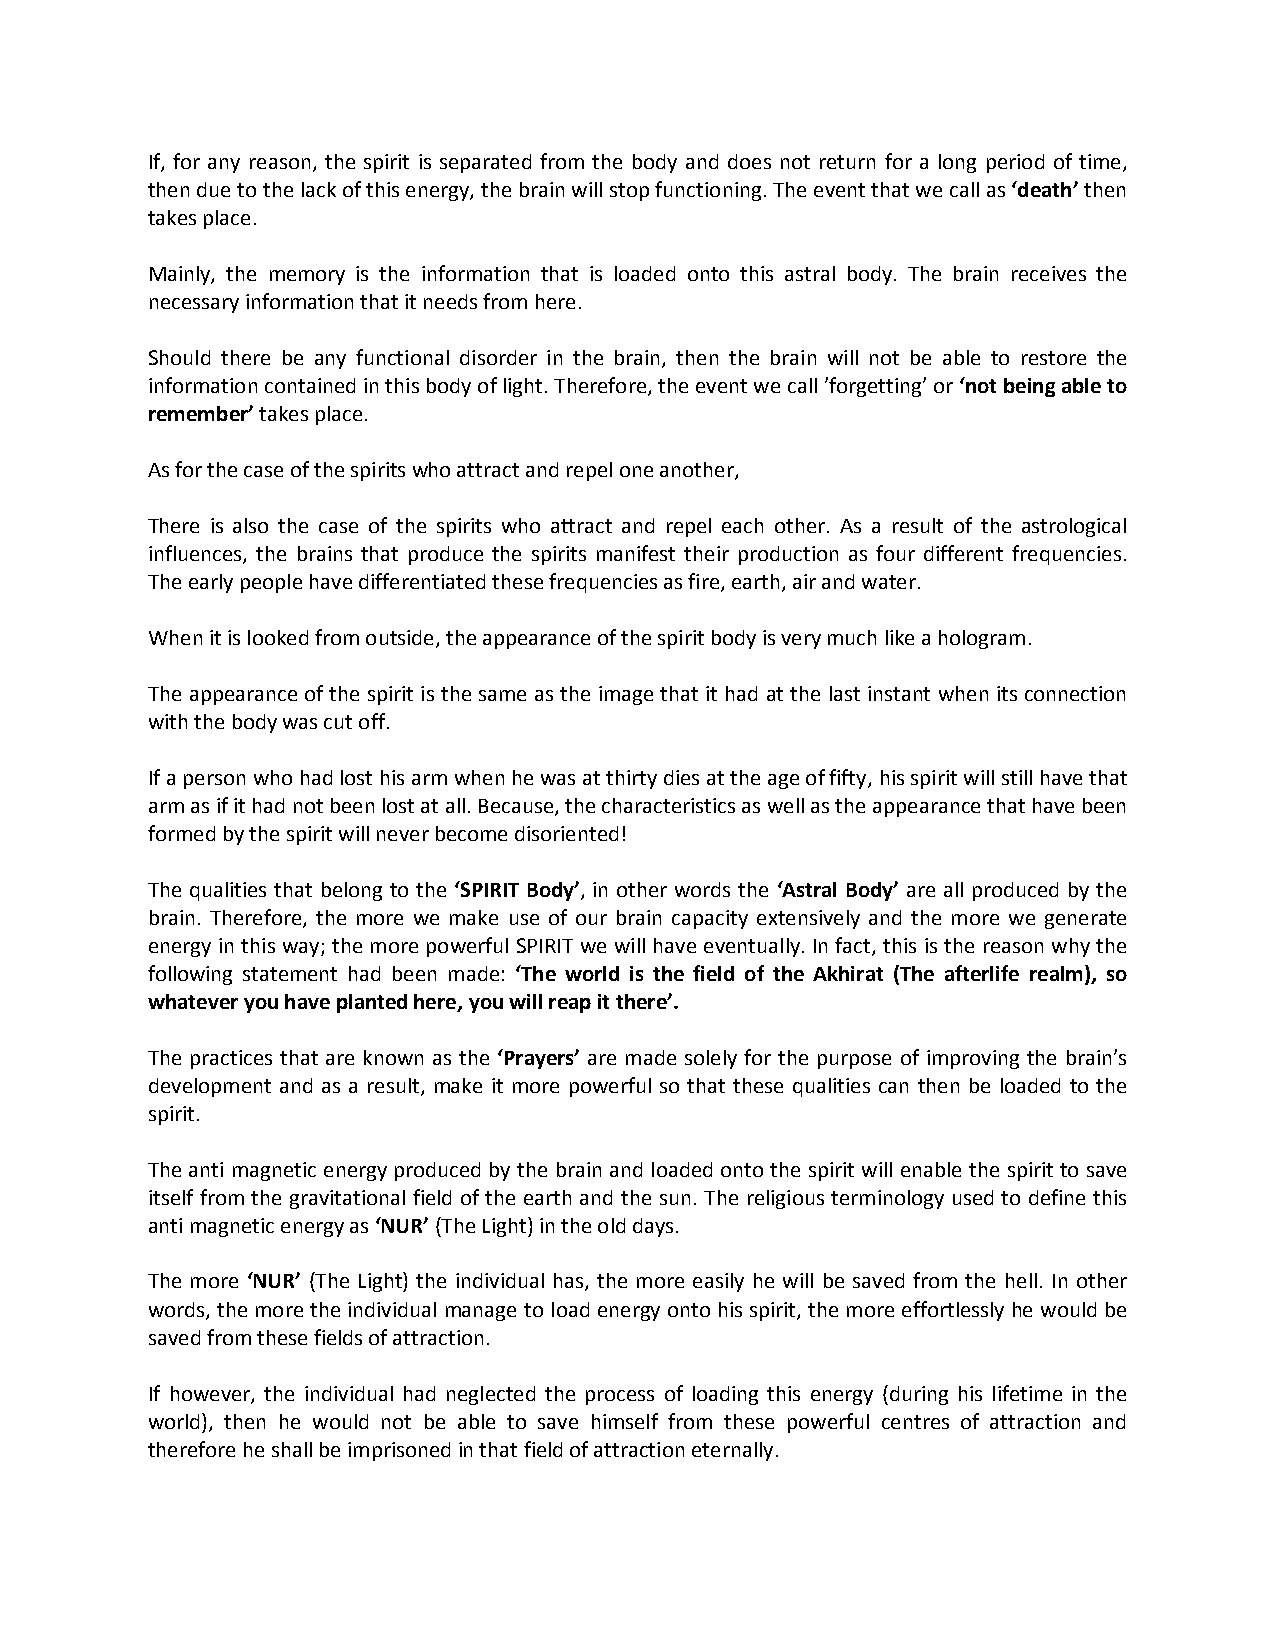
If, for any reason, the spirit is separated from the body and does not return for a long period of time,
 then due to the lack of this energy, the brain will stop functioning. The event that we call as ‘death’ then
 takes place.
 Mainly, the memory is the information that is loaded onto this astral body. The brain receives the
 necessary information that it needs from here.
 Should there be any functional disorder in the brain, then the brain will not be able to restore the
 information contained in this body of light. Therefore, the event we call ’forgetting’ or ‘not being able to
 remember’ takes place.
 As for the case of the spirits who attract and repel one another,
 There is also the case of the spirits who attract and repel each other. As a result of the astrological
 influences, the brains that produce the spirits manifest their production as four different frequencies.
 The early people have differentiated these frequencies as fire, earth, air and water.
 When it is looked from outside, the appearance of the spirit body is very much like a hologram.
 The appearance of the spirit is the same as the image that it had at the last instant when its connection
 with the body was cut off.
 If a person who had lost his arm when he was at thirty dies at the age of fifty, his spirit will still have that
 arm as if it had not been lost at all. Because, the characteristics as well as the appearance that have been
 formed by the spirit will never become disoriented!
 The qualities that belong to the ‘SPIRIT Body’, in other words the ‘Astral Body’ are all produced by the
 brain. Therefore, the more we make use of our brain capacity extensively and the more we generate
 energy in this way; the more powerful SPIRIT we will have eventually. In fact, this is the reason why the
 following statement had been made: ‘The world is the field of the Akhirat (The afterlife realm), so
 whatever you have planted here, you will reap it there’.
 The practices that are known as the ‘Prayers’ are made solely for the purpose of improving the brain’s
 development and as a result, make it more powerful so that these qualities can then be loaded to the
 spirit.
 The anti magnetic energy produced by the brain and loaded onto the spirit will enable the spirit to save
 itself from the gravitational field of the earth and the sun. The religious terminology used to define this
 anti magnetic energy as ‘NUR’ (The Light) in the old days.
 The more ‘NUR’ (The Light) the individual has, the more easily he will be saved from the hell. In other
 words, the more the individual manage to load energy onto his spirit, the more effortlessly he would be
 saved from these fields of attraction.
 If however, the individual had neglected the process of loading this energy (during his lifetime in the
 world), then he would not be able to save himself from these powerful centres of attraction and
 therefore he shall be imprisoned in that field of attraction eternally.